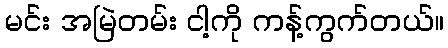
မင်း အမြဲတမ်း ငါ့ကို ကန့်ကွက်တယ်။